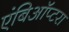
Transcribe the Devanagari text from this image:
एंबिऑप्टरा